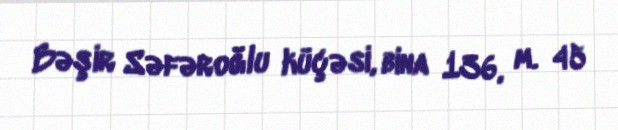
Bəşir Səfəroğlu küçəsi, bina 136, m. 45